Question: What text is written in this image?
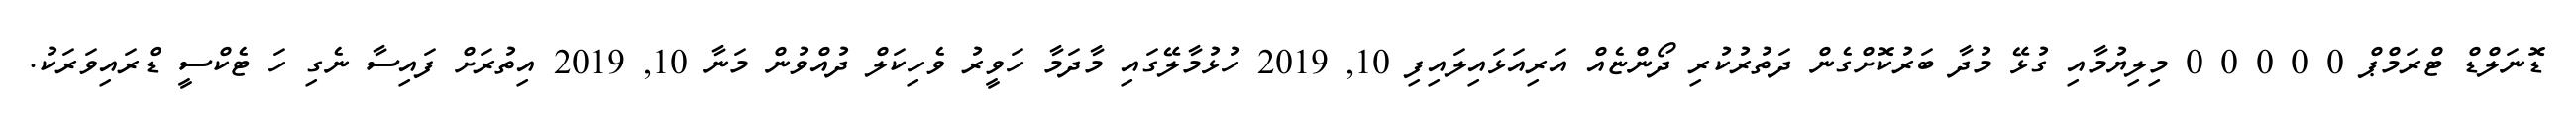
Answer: ޑޮނަލްޑް ޓްރަމްޕް 0 0 0 0 0 މިލިޔުމާއި ގުޅޭ މުދާ ބަރުކޮށްގެން ދަތުރުކުރި ދޯންޏެއް އަރިއަޅައިލައިފި 10, 2019 ހުޅުމާލޭގައި މާދަމާ ހަވީރު ވެހިކަލް ދުއްވުން މަނާ 10, 2019 އިތުރަށް ފައިސާ ނެގި ހަ ޓެކްސީ ޑްރައިވަރަކު.